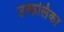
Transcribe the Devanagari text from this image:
उत्‍कलिका